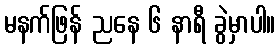
မနက်ဖြန် ညနေ ၆ နာရီ ခွဲမှာပါ။